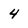
Character: 4